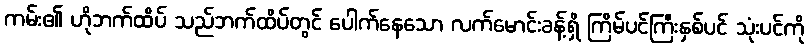
ကမ်း၏ ဟိုဘက်ထိပ် သည်ဘက်ထိပ်တွင် ပေါက်နေသော လက်မောင်းခန့်ရှိ ကြိမ်ပင်ကြီးနှစ်ပင် သုံးပင်ကို